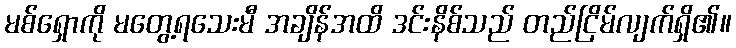
မစ်ရှောကို မတွေ့ရသေးမီ အချိန်အထိ ဒင်းနိစ်သည် တည်ငြိမ်လျက်ရှိ၏။